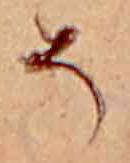
そ